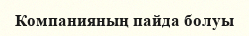
Компанияның пайда болуы